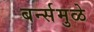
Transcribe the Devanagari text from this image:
बर्न्समुळे